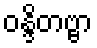
ဝန္ဒိတဗ္ဗာ